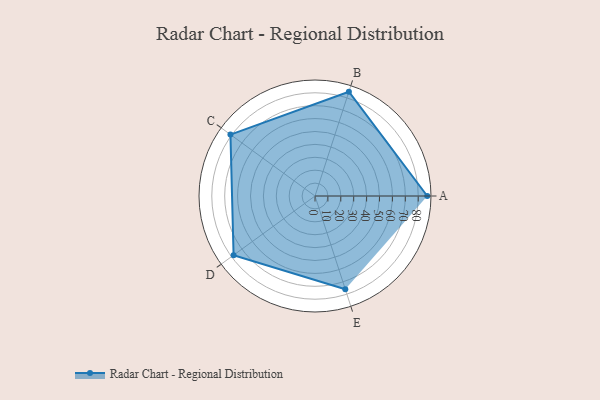
{"axis": {"x": "Skill", "y": "Score"}, "legend": ["Profile"], "data": [{"x": "A", "y": 87.0, "type": "Profile"}, {"x": "B", "y": 85.0, "type": "Profile"}, {"x": "C", "y": 81.0, "type": "Profile"}, {"x": "D", "y": 78.0, "type": "Profile"}, {"x": "E", "y": 76.0, "type": "Profile"}]}